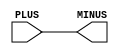
// SPDX-License-Identifier: Apache-2.0
// Copyright (C) 2019 Intel Corporation. 
module aibnd_aliasd ( PLUS, MINUS );

	input   PLUS;
	output  MINUS;

	assign MINUS = PLUS;

endmodule